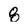
Character: 8